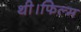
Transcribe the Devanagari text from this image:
थी।फिल्म